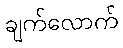
ချက်လောက်